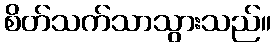
စိတ်သက်သာသွားသည်။